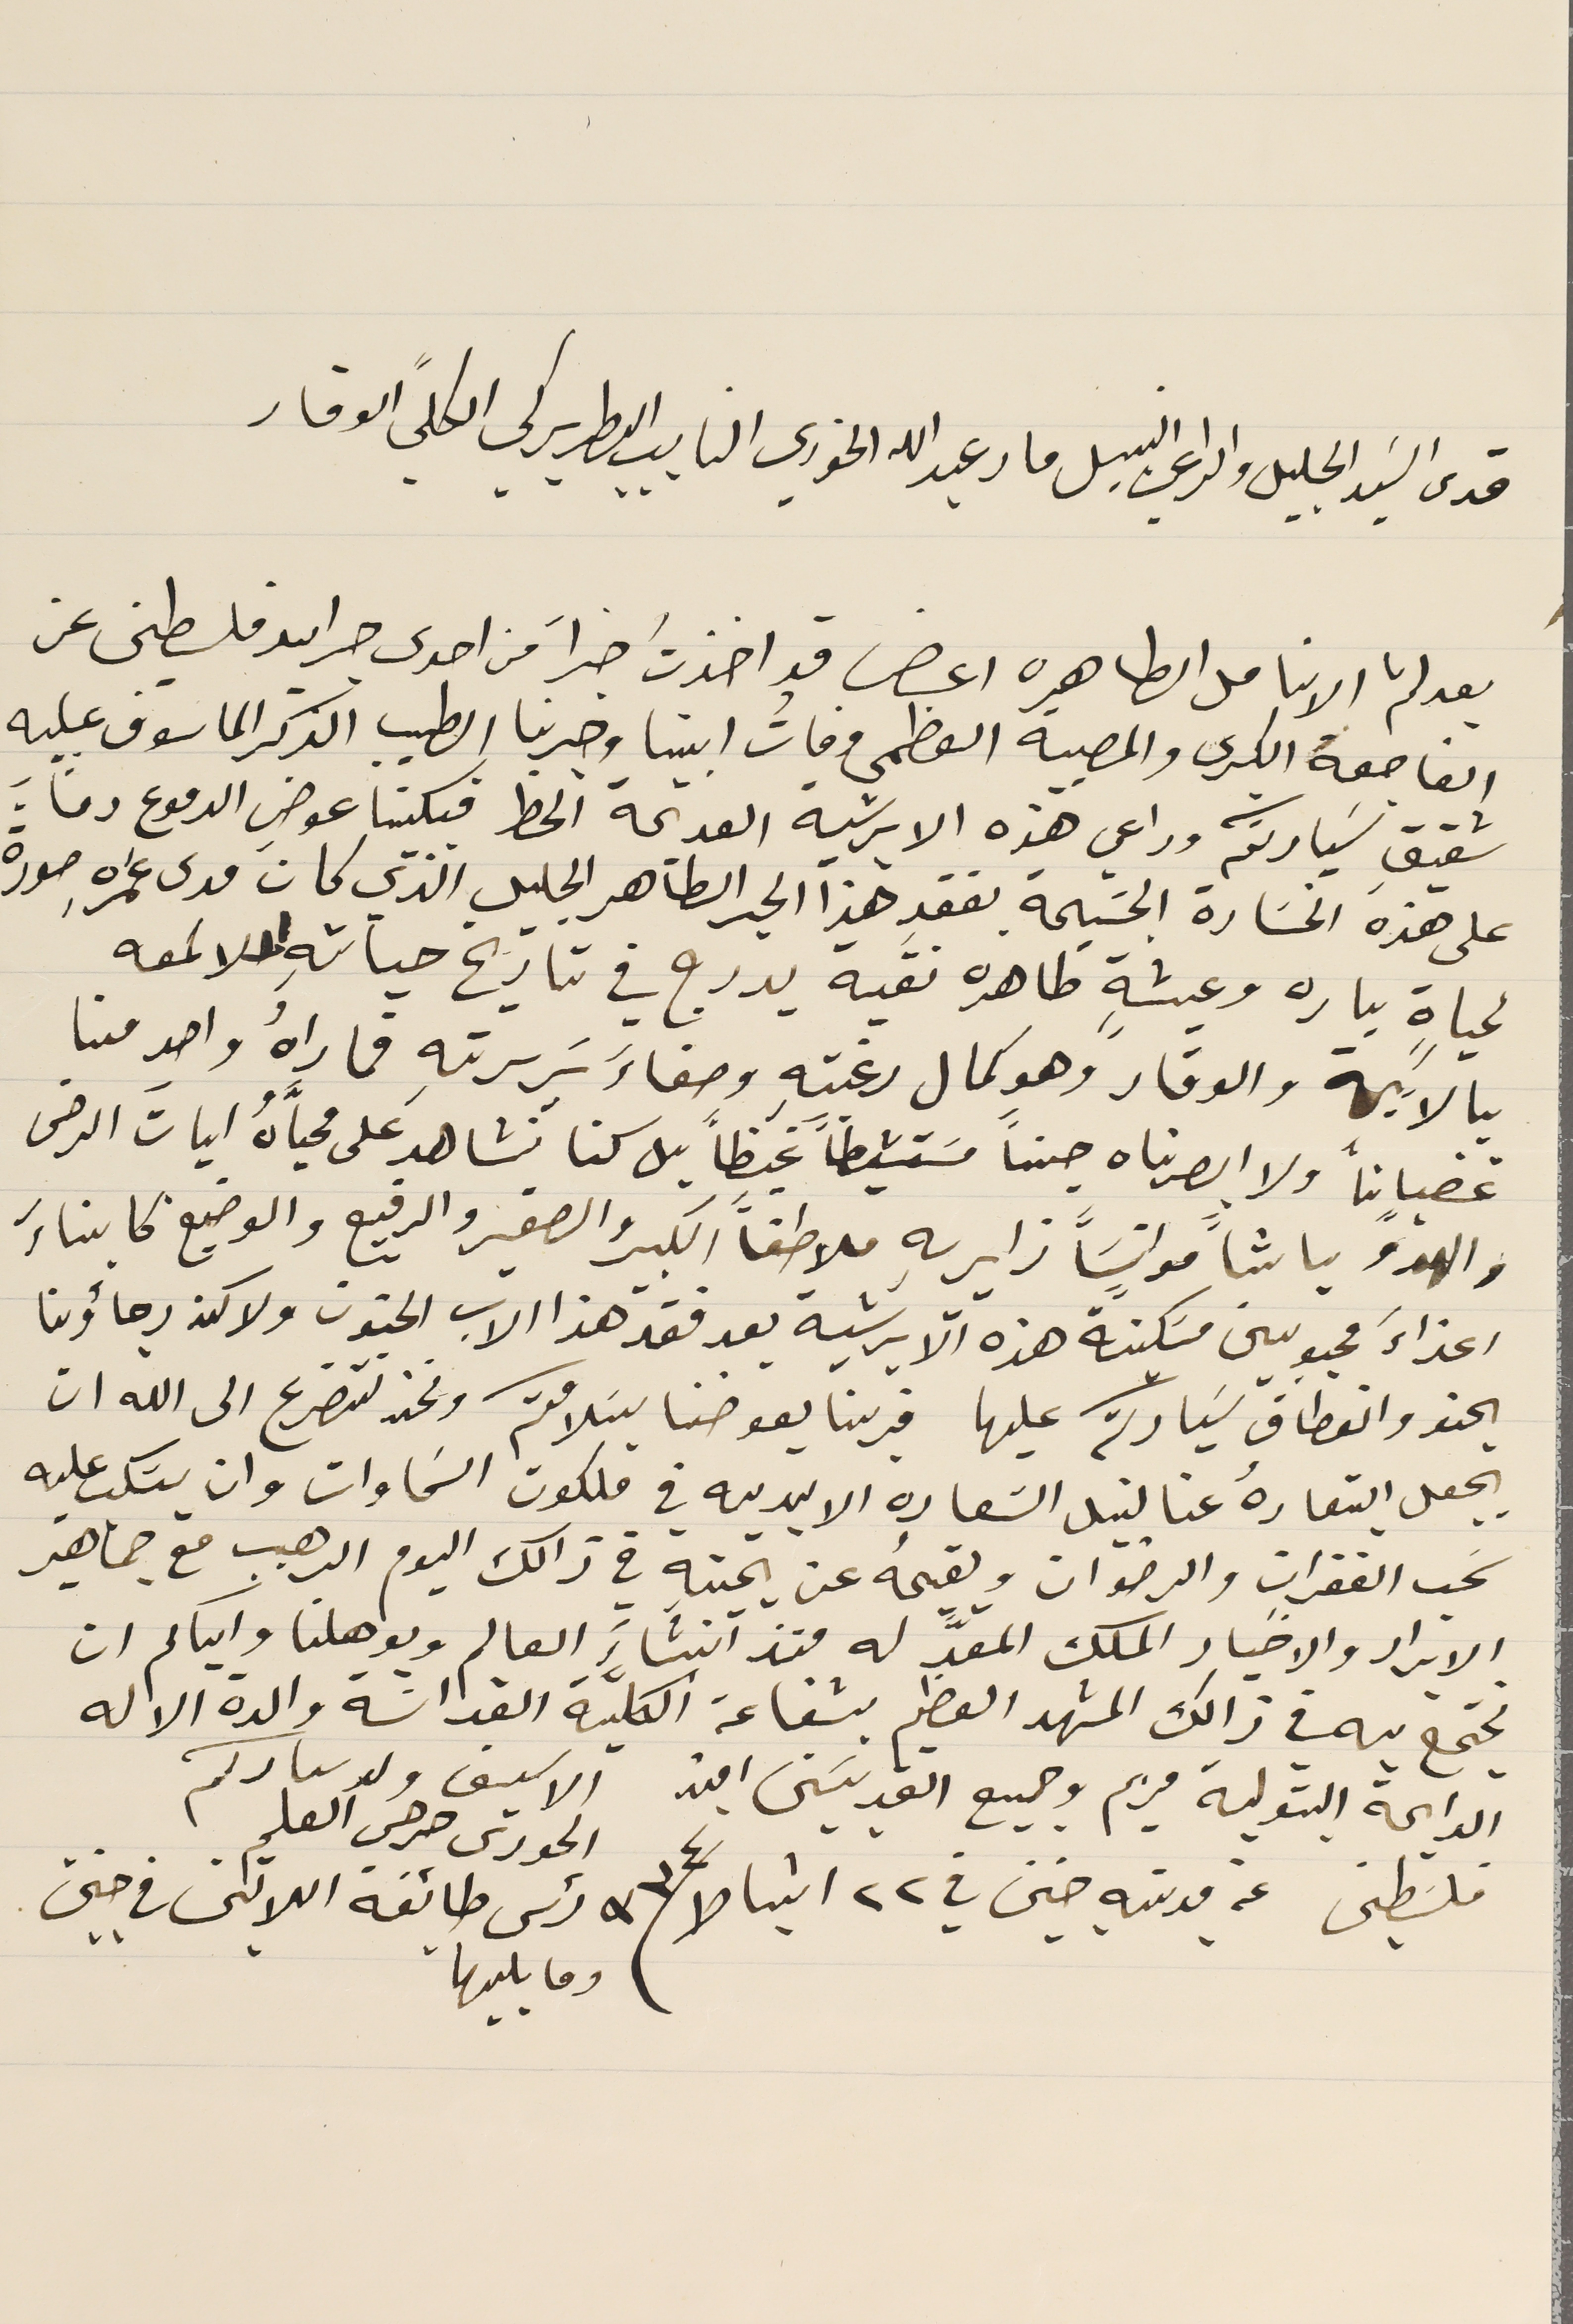
قدس السَيد الجليل والراعي النبيل مار عبدالله الخوري النايب البطريركي الكلي الوقار
بعد لثم الانامل الطاهره اعرض قد اخذت خبراً من احدى جرايد فلسطين عن
الفاجعة الكبرى والمصيبة العظمى وفاتُ ابينا وحبرنا الطيب الذكر الماسوف عليه
شقيق سَيادتكم وراعي هذه الابرشية القديمة الحظ فبكينا عوض الدموع دماءً
على هذه الخسَارة الجسَيمة بفقد هذا الحبر الطاهر الجليل الذي كان مدى عمره صورة
لحياةٍ باره وعيشةٍ طاهره نقية يدرج في تاريخ حياتهِ اللامعه
بالابهة والوقار وهو كمال رغبتهِ وصفاءَ سَريرتهِ فما راهُ واحد منا
غضباناً ولا ابصرناه جناً مسَتشيطاً غيظاً بل كنا نشاهد على محياَّهُ اياتَ الرضى
 والهدو باشاً موانسَاً زايريهِ ملاطفاً الكبير والصغير والرفيع والوضيع كابناء
اعزاءَ محبوبين مسَكينة هذه الابرشية بعد فقد هذا الاب الحنون ولاكن رجاؤنا
يحنو وانعطاف سَيادتكم عليها فربنا يعوضنا يسَلامتكم ونحن نتضرع الى الله ان
يجعل ابتعادهُ عنا لنيل السَعاده الابديه في ملكوت السَماوات وان يسَكب عليه
سَحب الغفران والرضوان ويقيمهُ عن يمينه في ذالك اليوم الرهيب مع جماهير
الابرار والاخيار الملك المعدَّ له منذ انشاءَ العالم ويوهلنا واياكم ان
نجتمع به في ذالك المشهد العظيم بشفاعة الكلّية القداسَة والدة الاله
 الدايمة البتولية مريم وجميع القديسَين امين الاسيف ولد سعادتكم
فلسَطين عن مدينة جنين في ٢٢ شباط / ٩٣٤
الحورى حرحس العلم
رئس طائفة اللاتين في جنين
وما يليها